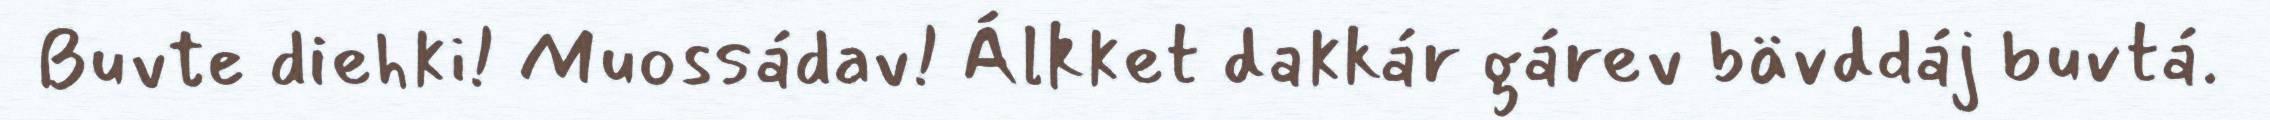
Buvte diehki! Muossádav! Álkket dakkár gárev bävddáj buvtá.